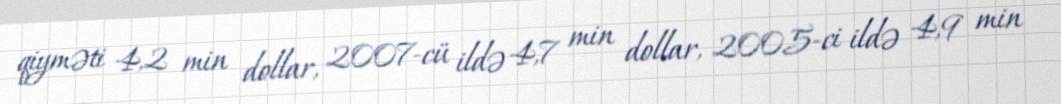
qiyməti 4,2 min dollar, 2007-cü ildə 4,7 min dollar, 2005-ci ildə 4,9 min